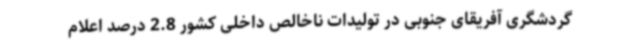
گردشگری آفریقای جنوبی در تولیدات ناخالص داخلی کشور 2.8 درصد اعلام